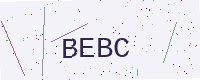
Text: BEBC